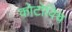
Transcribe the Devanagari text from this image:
कोटोविच